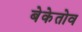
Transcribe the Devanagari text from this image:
बेकेतोव